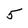
Character: 5